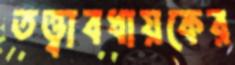
তত্ত্বাবধায়কের